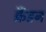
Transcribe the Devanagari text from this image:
क्रैंडन